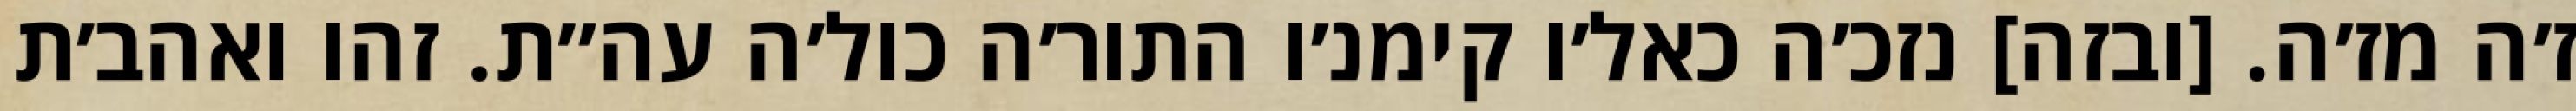
ז׳ה מז׳ה. [ובזה] נזכ׳ה כאל׳ו קימנ׳ו התור׳ה כול׳ה עה״ת. זהו ואהב׳ת